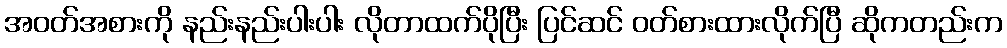
အဝတ်အစားကို နည်းနည်းပါးပါး လိုတာထက်ပိုပြီး ပြင်ဆင် ဝတ်စားထားလိုက်ပြီ ဆိုကတည်းက